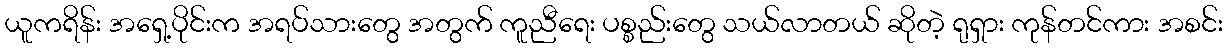
ယူကရိန်း အရှေ့ပိုင်းက အရပ်သားတွေ အတွက် ကူညီရေး ပစ္စည်းတွေ သယ်လာတယ် ဆိုတဲ့ ရုရှား ကုန်တင်ကား အစင်း